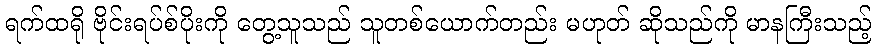
ရက်ထရို ဗိုင်းရပ်စ်ပိုးကို တွေ့သူသည် သူတစ်ယောက်တည်း မဟုတ် ဆိုသည်ကို မာနကြီးသည့်